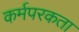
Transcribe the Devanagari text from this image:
कर्मपरकता